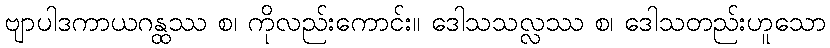
ဗျာပါဒကာယဂန္ထဿ စ၊ ကိုလည်းကောင်း။ ဒေါသသလ္လဿ စ၊ ဒေါသတည်းဟူသော